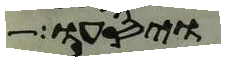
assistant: ויסעו